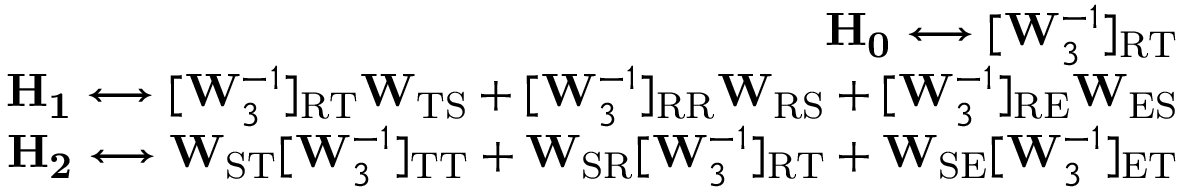
\begin{array} { r } { \mathbf { H _ { 0 } } \longleftrightarrow [ \mathbf { W } _ { 3 } ^ { - 1 } ] _ { \mathrm { R T } } } \\ { \mathbf { H _ { 1 } } \longleftrightarrow [ \mathbf { W } _ { 3 } ^ { - 1 } ] _ { \mathrm { R T } } \mathbf { W } _ { \mathrm { T S } } + [ \mathbf { W } _ { 3 } ^ { - 1 } ] _ { \mathrm { R R } } \mathbf { W } _ { \mathrm { R S } } + [ \mathbf { W } _ { 3 } ^ { - 1 } ] _ { \mathrm { R E } } \mathbf { W } _ { \mathrm { E S } } } \\ { \mathbf { H _ { 2 } } \longleftrightarrow \mathbf { W } _ { \mathrm { S T } } [ \mathbf { W } _ { 3 } ^ { - 1 } ] _ { \mathrm { T T } } + \mathbf { W } _ { \mathrm { S R } } [ \mathbf { W } _ { 3 } ^ { - 1 } ] _ { \mathrm { R T } } + \mathbf { W } _ { \mathrm { S E } } [ \mathbf { W } _ { 3 } ^ { - 1 } ] _ { \mathrm { E T } } } \end{array}